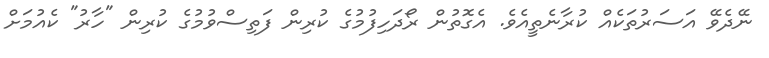
ނޭދެވޭ އަސަރުތަކެއް ކުރާނެތީއެވެ. އެގޮތުން ރޯދަހިފުމުގެ ކުރިން ފަތިސްވުމުގެ ކުރިން "ހާރު" ކެއުމަށް